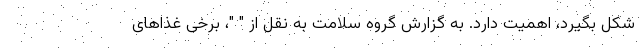
شکل بگیرد، اهمیت دارد. به گزارش گروه سلامت به نقل از " "، برخی غذاهای